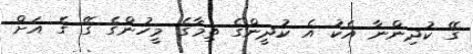
ގޭ ކުދިންނާ އެކު އެ ކުދީންގެ ތިމާގެ މީހުންގެ ގޭ ގެ އަށް